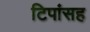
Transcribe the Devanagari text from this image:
टिपांसह